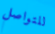
للتواصل